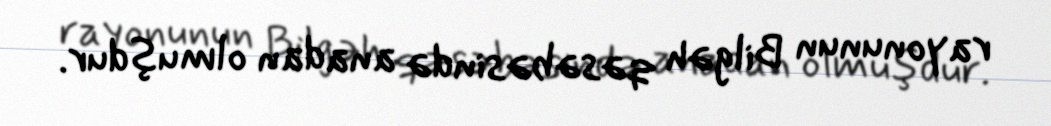
rayonunun Bilgəh qəsəbəsində anadan olmuşdur.